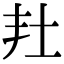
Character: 𡉘